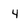
Character: 4